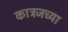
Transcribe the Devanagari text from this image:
कात्रजच्या